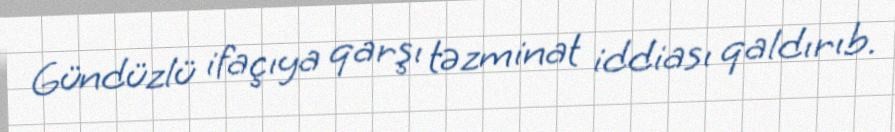
Gündüzlü ifaçıya qarşı təzminat iddiası qaldırıb.